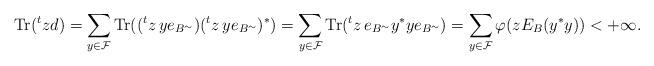
LaTeX: \begin{align*}\mathrm{Tr}({}^t z d) = \sum_{y \in \mathcal{F}} \mathrm{Tr}(({}^t z\,y e_{B^\sim})({}^t z\,y e_{B^\sim})^*) = \sum_{y \in \mathcal{F}} \mathrm{Tr}({}^t z\, e_{B^\sim} y^* y e_{B^\sim}) = \sum_{y \in \mathcal{F}}\varphi(zE_B(y^* y)) < +\infty. \end{align*}